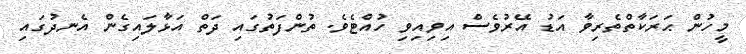
މީހުން ޙަރަކާތްތެރިވާ އަޑު އޭރުވެސް އިވިއިވި ހުއްޓެވެ. ތުންފަތުގައި ދަތް އަޅާލައިގެން އެނދުގައި